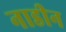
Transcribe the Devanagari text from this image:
नाडीन